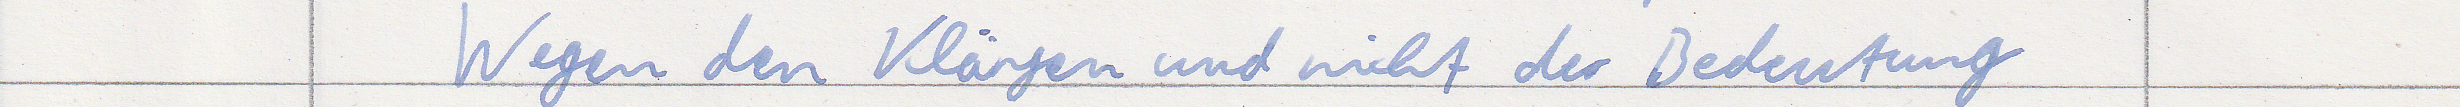
Wegen den Klängen und nicht der Bedeutung